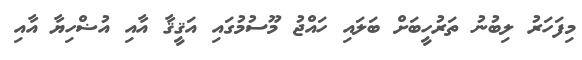
މިފަހަރު ލިބުނު ތަރުހީބަށް ބަލައި ހައްޖު މޫސުމުގައި އަޤީޤާ އާއި އުޟްހިޔާ އާއި